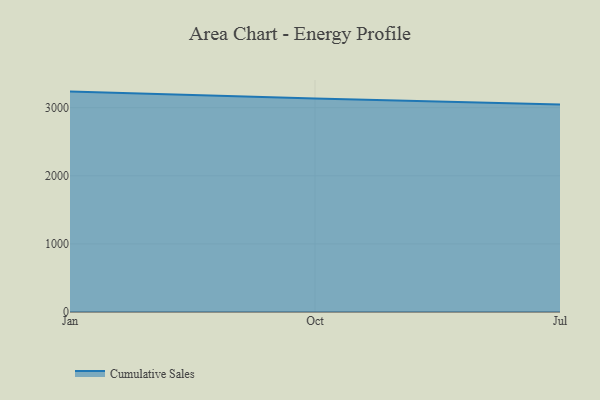
{"axis": {"x": "Month", "y": "Humidity (%)"}, "legend": ["Cumulative Sales"], "data": [{"x": "Jan", "y": 3236.2, "type": "Cumulative Sales"}, {"x": "Oct", "y": 3136.2, "type": "Cumulative Sales"}, {"x": "Jul", "y": 3048.6, "type": "Cumulative Sales"}]}